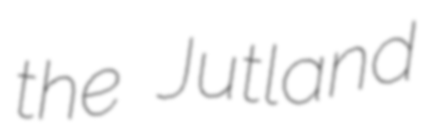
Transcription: the Jutland